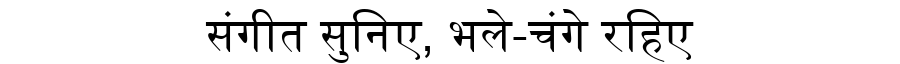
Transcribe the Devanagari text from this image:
संगीत सुनिए, भले-चंगे रहिए